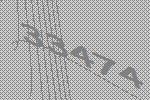
33474